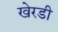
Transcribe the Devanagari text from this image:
खेरडी